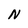
Character: N